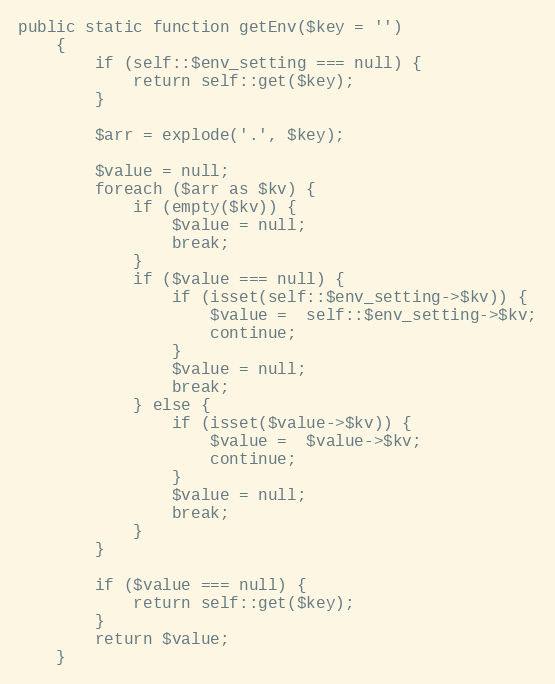
Language: PHP
public static function getEnv($key = '')
    {
        if (self::$env_setting === null) {
            return self::get($key);
        }

        $arr = explode('.', $key);

        $value = null;
        foreach ($arr as $kv) {
            if (empty($kv)) {
                $value = null;
                break;
            }
            if ($value === null) {
                if (isset(self::$env_setting->$kv)) {
                    $value =  self::$env_setting->$kv;
                    continue;
                }
                $value = null;
                break;
            } else {
                if (isset($value->$kv)) {
                    $value =  $value->$kv;
                    continue;
                }
                $value = null;
                break;
            }
        }

        if ($value === null) {
            return self::get($key);
        }
        return $value;
    }